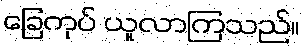
ခြေကုပ် ယူလာကြသည်။